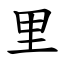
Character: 里